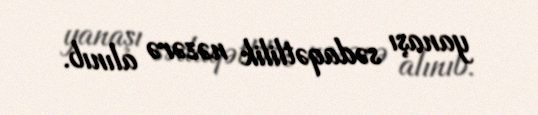
yanaşı sədaqətlilik nəzərə alınıb.